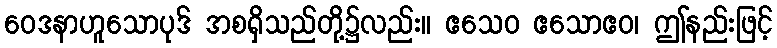
ဝေဒနာဟူသောပုဒ် အစရှိသည်တို့၌လည်း။ ဧသေဝ ဧသောဧဝ၊ ဤနည်းဖြင့်